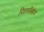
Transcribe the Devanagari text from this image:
नितलबिंबीय